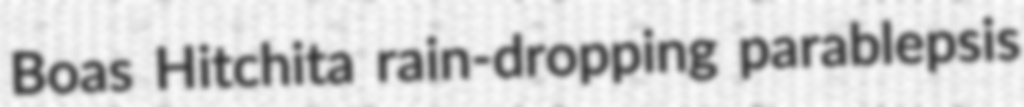
Boas Hitchita rain-dropping parablepsis